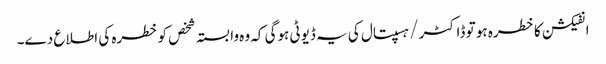
انفیکشن کا خطرہ ہو تو ڈاکٹر / ہسپتال کی یہ ڈیوٹی ہوگی کہ وہ وابستہ شخص کو خطرہ کی اطلاع دے۔